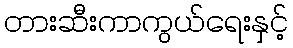
တားဆီးကာကွယ်ရေးနှင့်